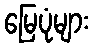
မြေပုံများ